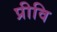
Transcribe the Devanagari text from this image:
प्रीवि